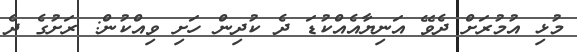
މުޅި އުމުރަށް ދެވޭ އަނިޔާއެއްކުޑަ ދެ ކުދިން ހަށި ވިއްކުން: ރަށުގެ ދެ